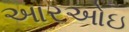
આરઓઇ